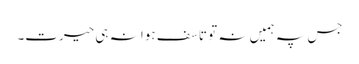
جس پہ ہمیں نہ تو تاسف ہوا نہ ہی حیرت۔